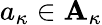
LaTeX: a_{\kappa}\in\mathbf{A}_{\kappa}